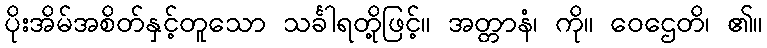
ပိုးအိမ်အစိတ်နှင့်တူသော သင်္ခါရတို့ဖြင့်။ အတ္တာနံ၊ ကို။ ဝေဌေတိ၊ ၏။